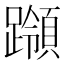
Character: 𰸵